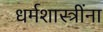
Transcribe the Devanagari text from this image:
धर्मशास्त्रींना